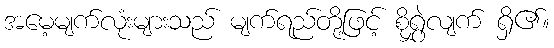
အမေ့မျက်လုံးများသည် မျက်ရည်တို့ဖြင့် စိုရွှဲလျက် ရှိ၏။